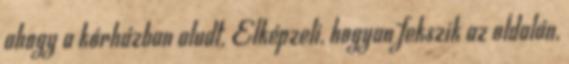
ahogy a kórházban aludt. Elképzeli, hogyan fekszik az oldalán,